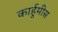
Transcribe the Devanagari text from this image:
कार्हुमीस